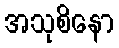
အသုစိနော